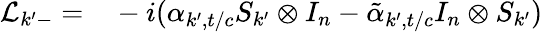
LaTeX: \begin{array}{rl}{\mathcal{L}_{k^{\prime}-}=}&{{}-i(\alpha_{k^{\prime},t/c}S_{k^{\prime}}\otimes I_{n}-\tilde{\alpha}_{k^{\prime},t/c}I_{n}\otimes S_{k^{\prime}})}\end{array}